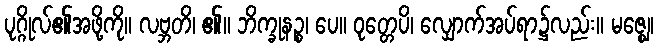
ပုဂ္ဂိုလ်၏အဖို့ကို။ လဗ္ဘတိ၊ ၏။ ဘိက္ခုနဉ္စ၊ ပေ။ ဝုတ္တေပိ၊ လျှောက်အပ်ရာ၌လည်း။ မဇ္ဈေ၊